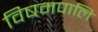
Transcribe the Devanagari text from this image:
विषमपालि